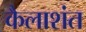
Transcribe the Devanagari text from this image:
कैलाशंत